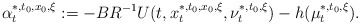
\begin{align*}\alpha^{*,t_0,x_0,\xi}_t:=-BR^{-1}U(t,x_t^{*,t_0,x_0,\xi},\nu_t^{*,t_0,\xi})-h(\mu_t^{*,t_0,\xi}).\end{align*}